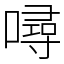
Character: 噚